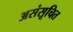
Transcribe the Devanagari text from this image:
असंसूचित